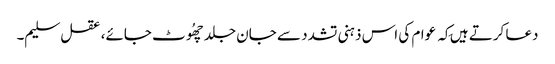
دعا کرتے ہیں کِہ عوام کی اس ذہنی تشدد سے جان جلد چھُوٹ جائے، عقل سلیم۔